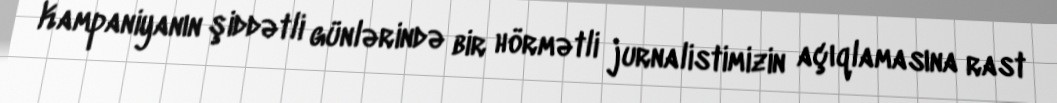
Kampaniyanın şiddətli günlərində bir hörmətli jurnalistimizin açıqlamasına rast